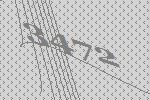
3472